Problem: 4 × 4 = ?
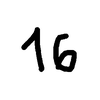
Handwritten answer: 16